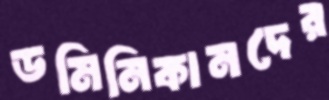
ডমিনিকানদের